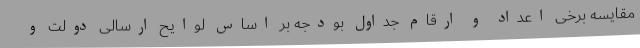
مقایسه برخی اعداد و ارقام جداول بودجه بر اساس لوایح ارسالی دولت و